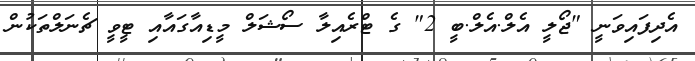
އެދިފައިވަނީ "ޖޯލީ އެލް.އެލް.ބީ 2" ގެ ޓްރެއިލާ ސޯޝަލް މީޑިއާގައާއި ޓީވީ ޗެނަލްތަކުން